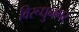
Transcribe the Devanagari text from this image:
विरूधुनगर